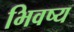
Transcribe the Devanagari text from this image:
भिवष्य